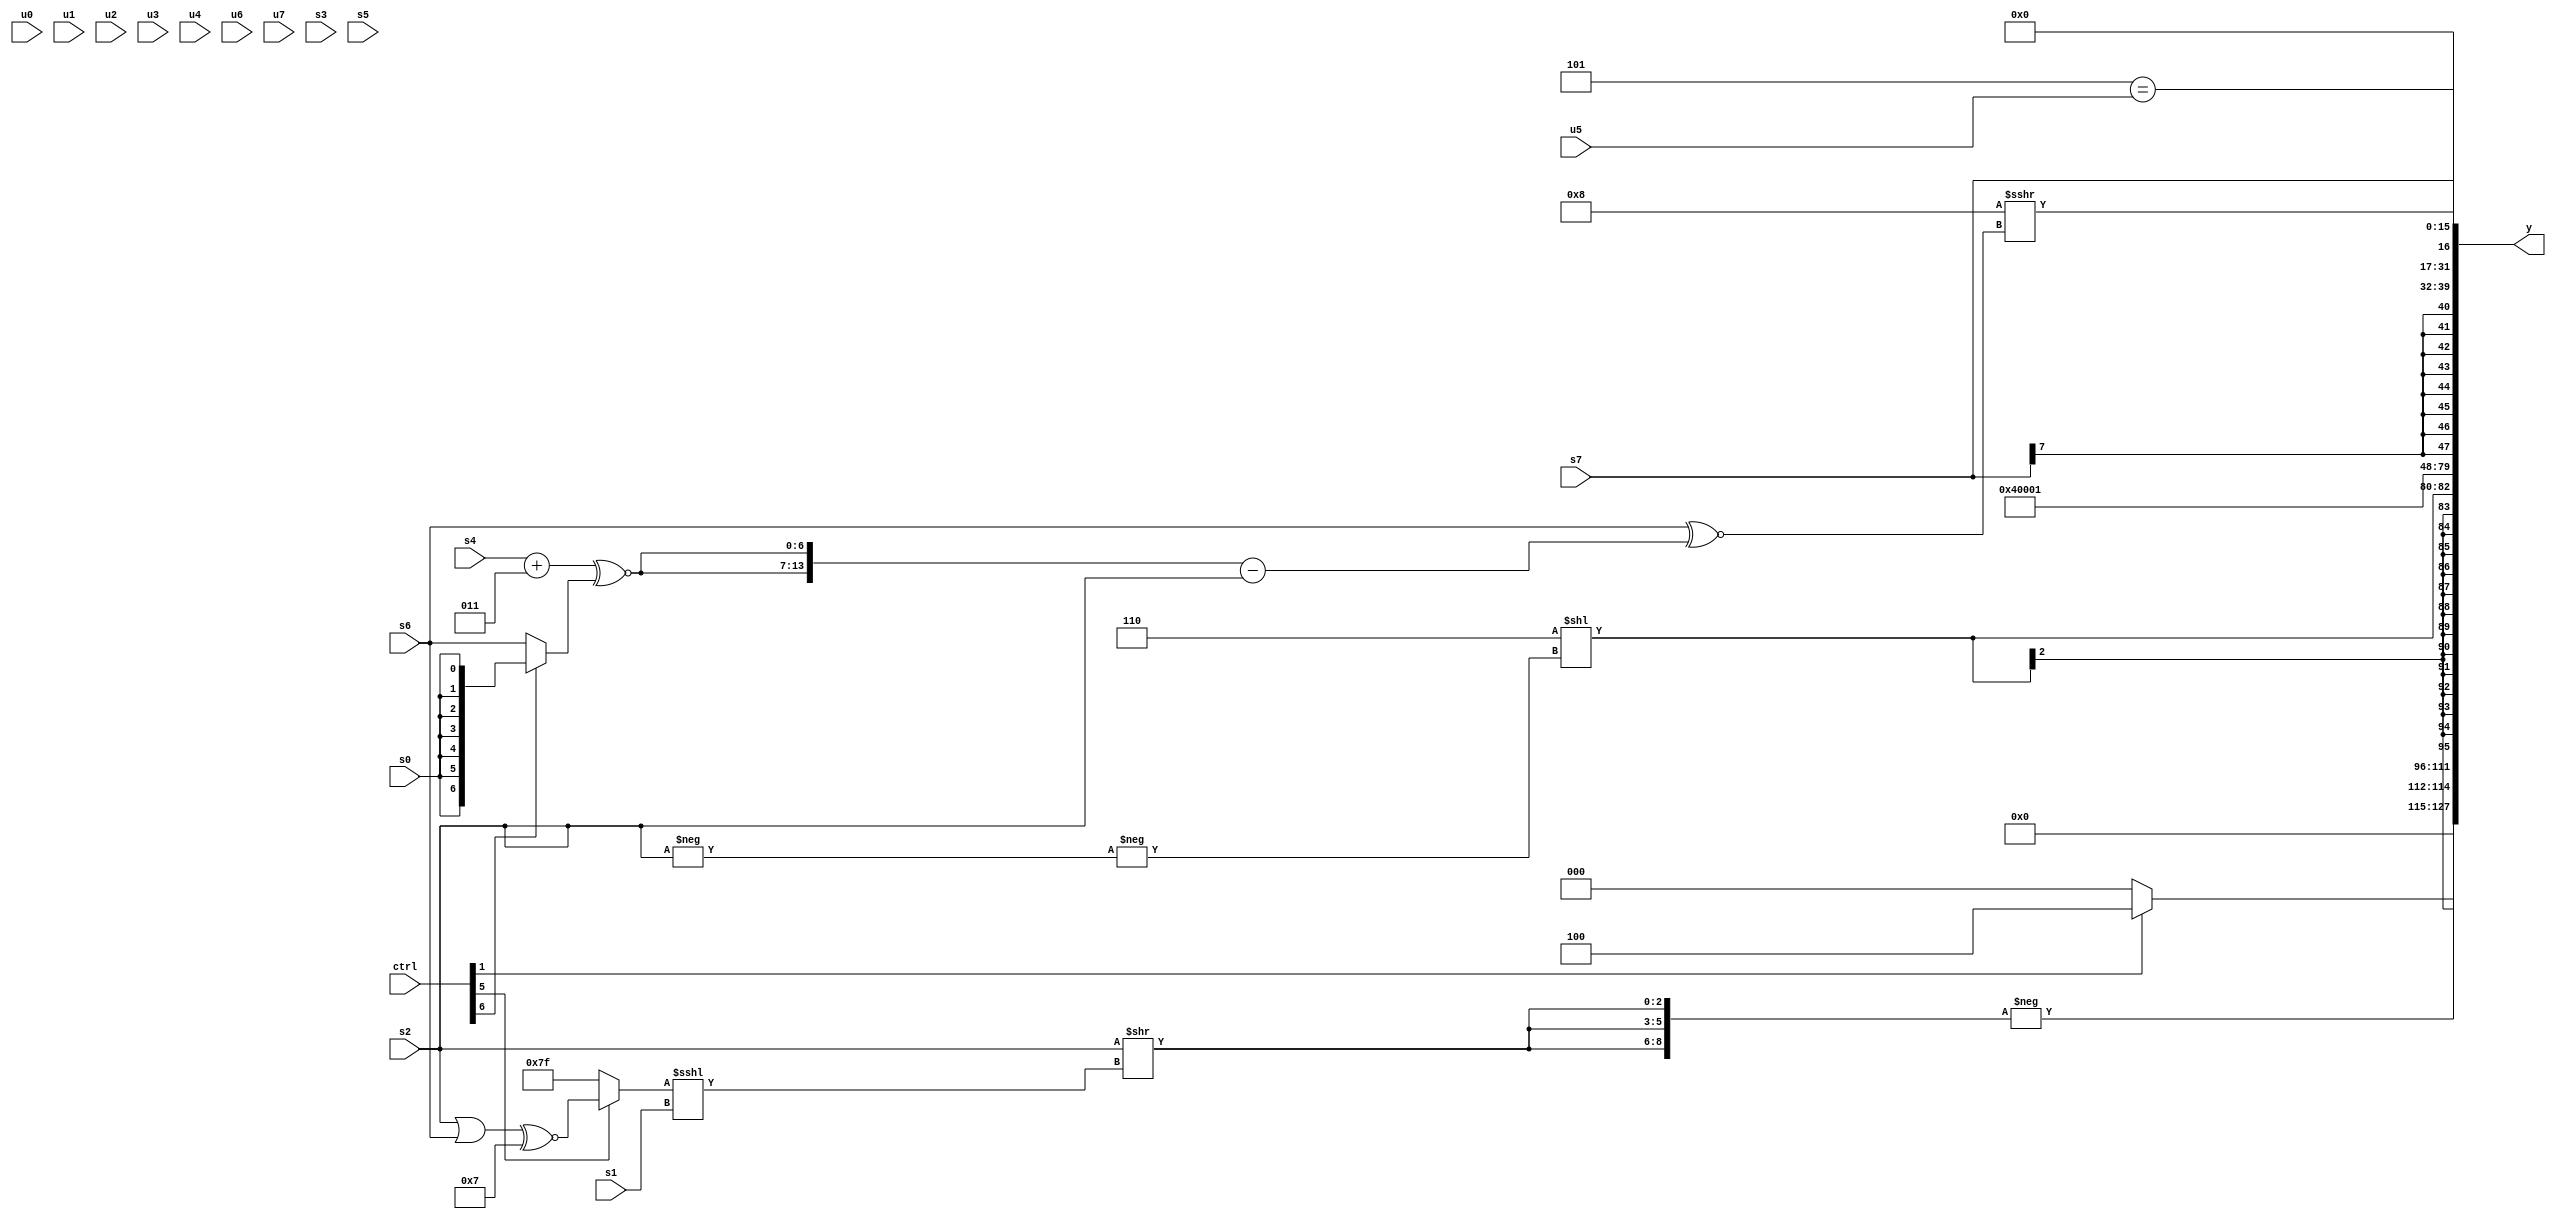
module wideexpr_00713(ctrl, u0, u1, u2, u3, u4, u5, u6, u7, s0, s1, s2, s3, s4, s5, s6, s7, y);
  input [7:0] ctrl;
  input [0:0] u0;
  input [1:0] u1;
  input [2:0] u2;
  input [3:0] u3;
  input [4:0] u4;
  input [5:0] u5;
  input [6:0] u6;
  input [7:0] u7;
  input signed [0:0] s0;
  input signed [1:0] s1;
  input signed [2:0] s2;
  input signed [3:0] s3;
  input signed [4:0] s4;
  input signed [5:0] s5;
  input signed [6:0] s6;
  input signed [7:0] s7;
  output [127:0] y;
  wire [15:0] y0;
  wire [15:0] y1;
  wire [15:0] y2;
  wire [15:0] y3;
  wire [15:0] y4;
  wire [15:0] y5;
  wire [15:0] y6;
  wire [15:0] y7;
  assign y = {y0,y1,y2,y3,y4,y5,y6,y7};
  assign y0 = (ctrl[1]?(2'sb10)-(4'sb1010):2'sb00);
  assign y1 = -({3{(s2)>>((+((ctrl[5]?((s2)|(s6))^~($signed(4'sb0111)):4'sb1111)))<<<(s1))}});
  assign y2 = $signed((3'b110)<<(-(-(s2))));
  assign y3 = 4'sb0100;
  assign y4 = ^(+(5'b10101));
  assign y5 = s7;
  assign y6 = (5'b00101)==(u5);
  assign y7 = ($signed(6'sb001000))>>>((s6)^~((+({2{((s4)+((4'sb0111)>>>(4'sb0001)))^~($signed((ctrl[6]?s0:s6)))}}))-(s2)));
endmodule